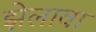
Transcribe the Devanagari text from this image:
झेलावा